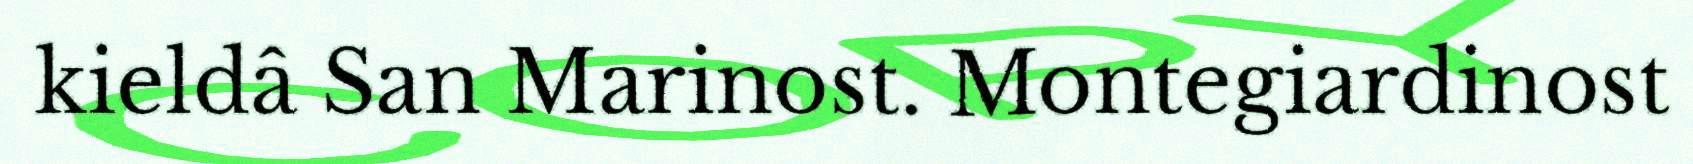
kieldâ San Marinost. Montegiardinost